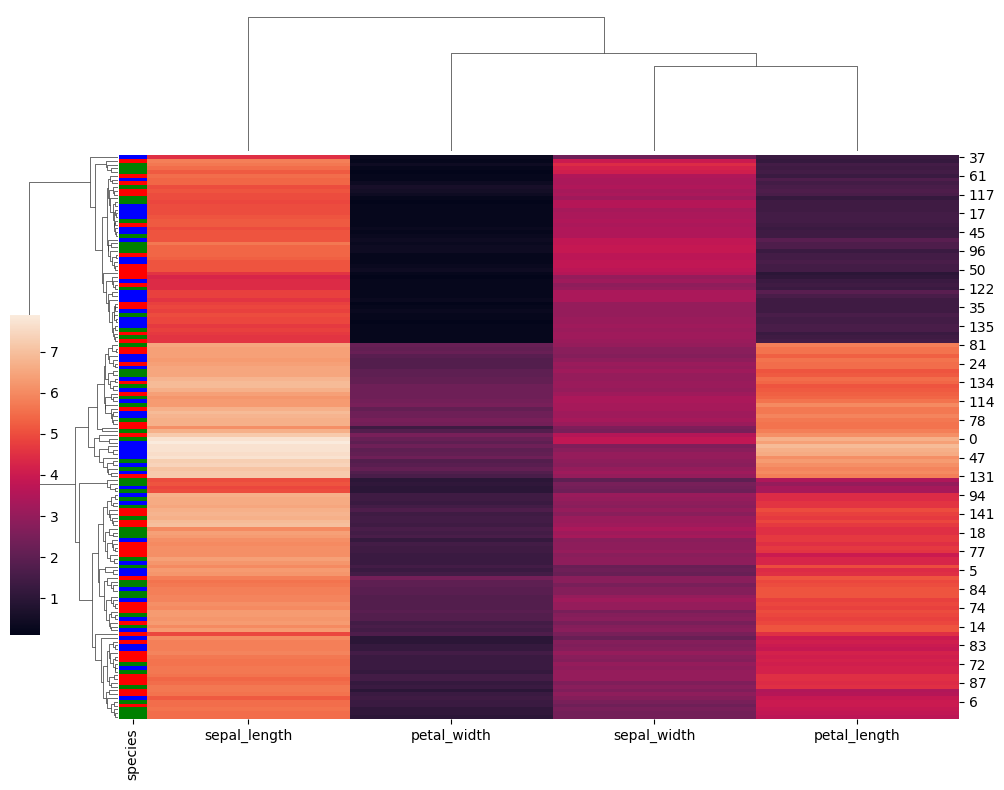
python, seaborn, clustermap, figsize=(10, 8), row_cluster=True, dendrogram_ratio=(0.1, 0.2), cbar_pos=(0, 0.2, 0.03, 0.4)